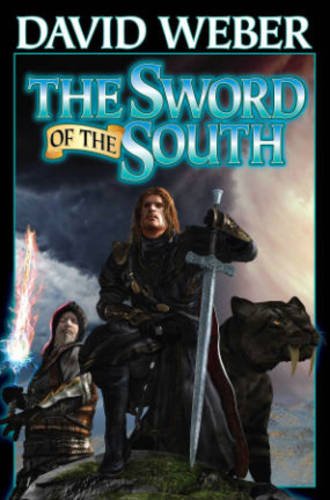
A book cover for The Sword of the South (BAEN); David Weber; Literature & Fiction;